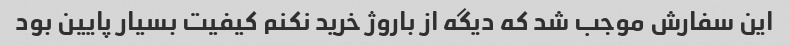
این سفارش موجب شد که دیگه از باروژ خرید نکنم کیفیت بسیار پایین بود